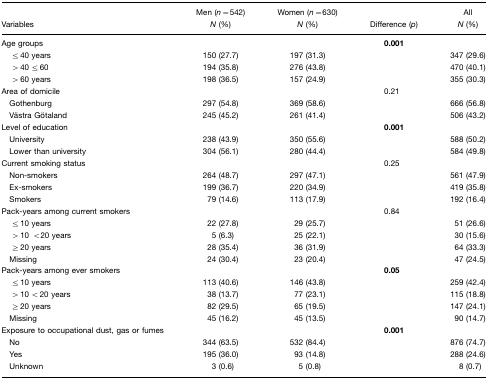
<table><thead><tr><td></td><td><b>Men (<i>n</i>=542)</b></td><td><b>Women (<i>n</i>=630)</b></td><td></td><td><b>All</b></td></tr><tr><td><b>Variables</b></td><td><b><i>N</i> (%)</b></td><td><b><i>N</i> (%)</b></td><td><b>Difference (<i>p</i>)</b></td><td><b><i>N</i> (%)</b></td></tr></thead><tbody><tr><td>Age groups</td><td></td><td></td><td><b>0.001</b></td><td></td></tr><tr><td>≤ 40 years</td><td>150 (27.7)</td><td>197 (31.3)</td><td></td><td>347 (29.6)</td></tr><tr><td>&gt; 40 ≤ 60</td><td>194 (35.8)</td><td>276 (43.8)</td><td></td><td>470 (40.1)</td></tr><tr><td>&gt; 60 years</td><td>198 (36.5)</td><td>157 (24.9)</td><td></td><td>355 (30.3)</td></tr><tr><td>Area of domicile</td><td></td><td></td><td>0.21</td><td></td></tr><tr><td> Gothenburg</td><td>297 (54.8)</td><td>369 (58.6)</td><td></td><td>666 (56.8)</td></tr><tr><td> Västra Götaland</td><td>245 (45.2)</td><td>261 (41.4)</td><td></td><td>506 (43.2)</td></tr><tr><td>Level of education</td><td></td><td></td><td><b>0.001</b></td><td></td></tr><tr><td> University</td><td>238 (43.9)</td><td>350 (55.6)</td><td></td><td>588 (50.2)</td></tr><tr><td> Lower than university</td><td>304 (56.1)</td><td>280 (44.4)</td><td></td><td>584 (49.8)</td></tr><tr><td>Current smoking status</td><td></td><td></td><td>0.25</td><td></td></tr><tr><td> Non-smokers</td><td>264 (48.7)</td><td>297 (47.1)</td><td></td><td>561 (47.9)</td></tr><tr><td> Ex-smokers</td><td>199 (36.7)</td><td>220 (34.9)</td><td></td><td>419 (35.8)</td></tr><tr><td> Smokers</td><td>79 (14.6)</td><td>113 (17.9)</td><td></td><td>192 (16.4)</td></tr><tr><td>Pack-years among current smokers</td><td></td><td></td><td>0.84</td><td></td></tr><tr><td>≤ 10 years</td><td>22 (27.8)</td><td>29 (25.7)</td><td></td><td>51 (26.6)</td></tr><tr><td>&gt; 10 &lt;20 years</td><td>5 (6.3)</td><td>25 (22.1)</td><td></td><td>30 (15.6)</td></tr><tr><td>≥ 20 years</td><td>28 (35.4)</td><td>36 (31.9)</td><td></td><td>64 (33.3)</td></tr><tr><td> Missing</td><td>24 (30.4)</td><td>23 (20.4)</td><td></td><td>47 (24.5)</td></tr><tr><td>Pack-years among ever smokers</td><td></td><td></td><td><b>0.05</b></td><td></td></tr><tr><td>≤ 10 years</td><td>113 (40.6)</td><td>146 (43.8)</td><td></td><td>259 (42.4)</td></tr><tr><td>&gt; 10 &lt; 20 years</td><td>38 (13.7)</td><td>77 (23.1)</td><td></td><td>115 (18.8)</td></tr><tr><td>≥ 20 years</td><td>82 (29.5)</td><td>65 (19.5)</td><td></td><td>147 (24.1)</td></tr><tr><td> Missing</td><td>45 (16.2)</td><td>45 (13.5)</td><td></td><td>90 (14.7)</td></tr><tr><td>Exposure to occupational dust, gas or fumes</td><td></td><td></td><td><b>0.001</b></td><td></td></tr><tr><td> No</td><td>344 (63.5)</td><td>532 (84.4)</td><td></td><td>876 (74.7)</td></tr><tr><td> Yes</td><td>195 (36.0)</td><td>93 (14.8)</td><td></td><td>288 (24.6)</td></tr><tr><td> Unknown</td><td>3 (0.6)</td><td>5 (0.8)</td><td></td><td>8 (0.7)</td></tr></tbody></table>